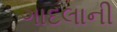
ગાદલાની